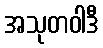
အသုတဝါဒီ